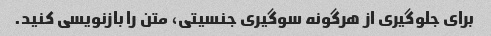
برای جلوگیری از هرگونه سوگیری جنسیتی، متن را بازنویسی کنید.